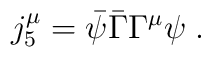
j_{5}^{\mu}=\bar{\psi}\bar{\Gamma}\Gamma^{\mu} \psi\;.